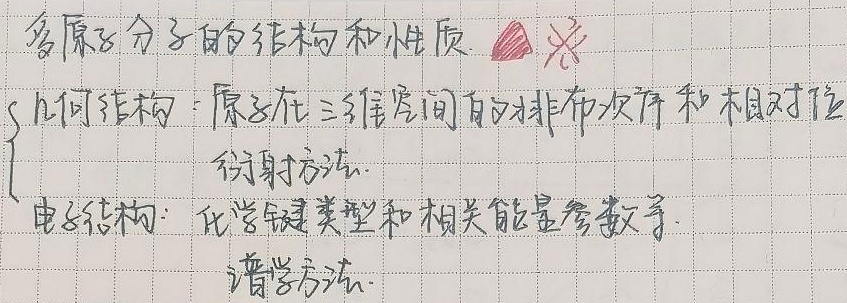
多原子分子的结构和性质
\begin{cases}
\text{几何结构：原子在三维空间的排布次序和相对位}\\
\text{衍射方法}.\\
\text{电子结构：化学键类型和相关能量参数等}\\
\text{谱学方法}.
\end{cases}